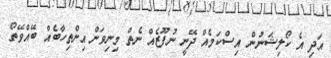
އަދި އެ ކޯލިޝަނުން އިސްކަމެއް ދޭނީ ނުފޫޒެއް ނެތް މިނިވަން އިންތިހާބެއް ބޭއްވޭތޯ